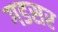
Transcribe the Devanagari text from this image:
गडसर